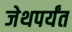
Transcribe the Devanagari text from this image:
जेथपर्यंत